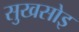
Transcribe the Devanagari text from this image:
सुखसोइ